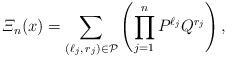
\begin{align*}\varXi_n(x) = \sum_{(\ell_j,\,r_j)\in \mathcal{P}}\left(\prod_{j=1}^{n}P^{\ell_j}Q^{r_j}\right), \end{align*}